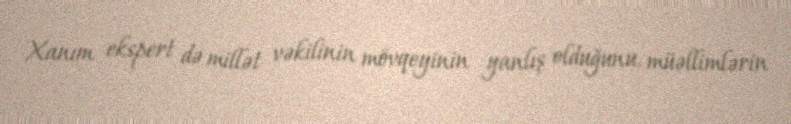
Xanım ekspert də millət vəkilinin mövqeyinin yanlış olduğunu, müəllimlərin